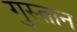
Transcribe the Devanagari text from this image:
गुस्तान